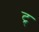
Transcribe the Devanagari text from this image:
ट्र्